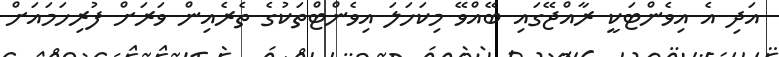
އަދި އެ އިވެންޓަކީ ރާއްޖޭގައި ބޭއްވޭ މިކަހަލަ އިވެންޓްތަކުގެ ތެރެއިން ވަރަށް ފުރިހަމައަށް